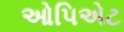
ઓપિએટ